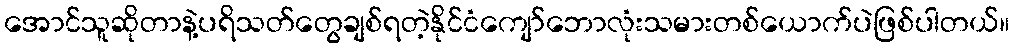
အောင်သူဆိုတာနဲ့ပရိသတ်တွေချစ်ရတဲ့နိုင်ငံကျော်ဘောလုံးသမားတစ်ယောက်ပဲဖြစ်ပါတယ်။